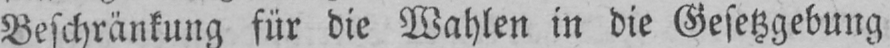
Beschränkung für die Wahlen in die Gesetzgebung